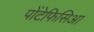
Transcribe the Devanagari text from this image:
पोंटेफिसिआ